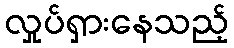
လှုပ်ရှားနေသည့်